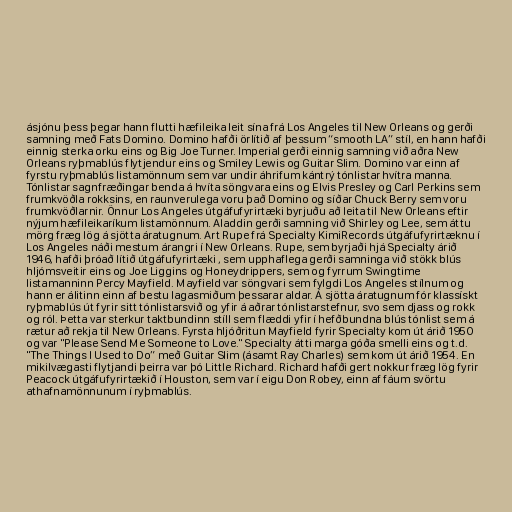
ásjónu þess þegar hann flutti hæfileika leit sína frá Los Angeles til New Orleans og gerði
samning með Fats Domino. Domino hafði örlítið af þessum “smooth LA” stíl, en hann hafði
einnig sterka orku eins og Big Joe Turner. Imperial gerði einnig samning við aðra New
Orleans ryþmablús flytjendur eins og Smiley Lewis og Guitar Slim. Domino var einn af
fyrstu ryþmablús listamönnum sem var undir áhrifum kántrý tónlistar hvítra manna.
Tónlistar sagnfræðingar benda á hvíta söngvara eins og Elvis Presley og Carl Perkins sem
frumkvöðla rokksins, en raunverulega voru það Domino og síðar Chuck Berry sem voru
frumkvöðlarnir. Önnur Los Angeles útgáfufyrirtæki byrjuðu að leita til New Orleans eftir
nýjum hæfileikaríkum listamönnum. Aladdin gerði samning við Shirley og Lee, sem áttu
mörg fræg lög á sjötta áratugnum. Art Rupe frá Specialty KimiRecords útgáfufyrirtæknu í
Los Angeles náði mestum árangri í New Orleans. Rupe, sem byrjaði hjá Specialty árið
1946, hafði þróað lítið útgáfufyrirtæki , sem upphaflega gerði samninga við stökk blús
hljómsveitir eins og Joe Liggins og Honeydrippers, sem og fyrrum Swingtime
listamanninn Percy Mayfield. Mayfield var söngvari sem fylgdi Los Angeles stílnum og
hann er álitinn einn af bestu lagasmiðum þessarar aldar. Á sjötta áratugnum fór klassískt
ryþmablús út fyrir sitt tónlistarsvið og yfir á aðrar tónlistarstefnur, svo sem djass og rokk
og ról. Þetta var sterkur taktbundinn stíll sem flæddi yfir í hefðbundna blús tónlist sem á
rætur að rekja til New Orleans. Fyrsta hljóðritun Mayfield fyrir Specialty kom út árið 1950
og var "Please Send Me Someone to Love." Specialty átti marga góða smelli eins og t.d.
"The Things I Used to Do” með Guitar Slim (ásamt Ray Charles) sem kom út árið 1954. En
mikilvægasti flytjandi þeirra var þó Little Richard. Richard hafði gert nokkur fræg lög fyrir
Peacock útgáfufyrirtækið í Houston, sem var í eigu Don Robey, einn af fáum svörtu
athafnamönnunum í ryþmablús.